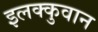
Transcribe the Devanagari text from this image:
इलक्कुवान